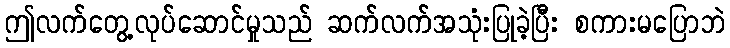
ဤလက်တွေ့လုပ်ဆောင်မှုသည် ဆက်လက်အသုံးပြုခဲ့ပြီး စကားမပြောဘဲ